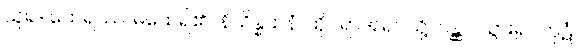
ယူ၍။ ထေရဿ၊ မထေရ်၏။ နိသိန္နဌာနံ၊ ထိုင်ရာအရပ်သို့။ ဂန္တွာ၊ သွား၍။ ကုဋံ၊